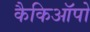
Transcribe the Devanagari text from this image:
कैकिऑपो